Calcutta medical institutions reports 1871-78
Year: 1871
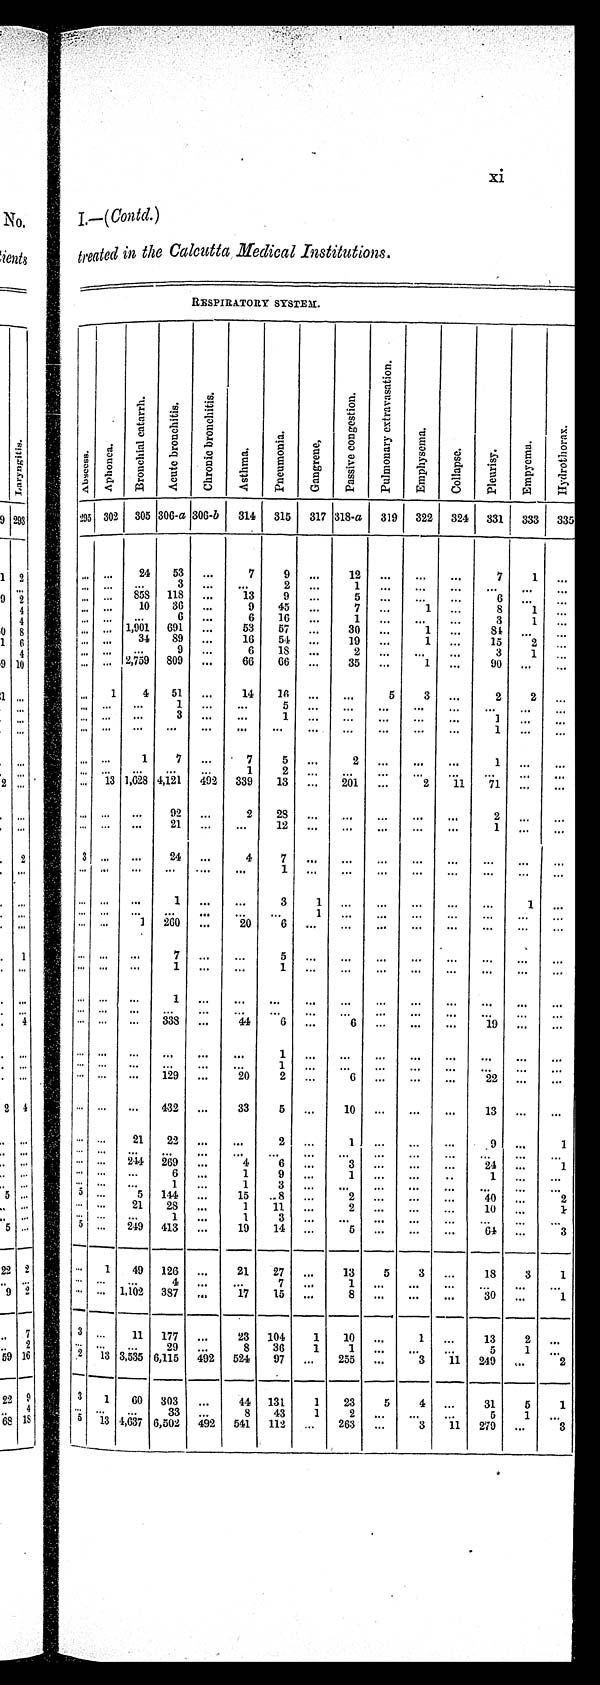
xi
I....(Contd.)
treated in the Calcutta Medical Institutions.
R E S P I R AT OR Y S Y S T E M.
Absccess
Aphonca.
B r o n c h i a l c a t a r r h .
A c u t e b r o n c h i t i s .
C h r o n i c b r o n c h i t i s .
A s t h m a .
P n e u m o n i a .
G a n g r e n e ,
P a s s i v e c o n g e s t i o n .
P u l m o n a r y e x t r a v a s a t i o n .
E m p h y s e m a .
C o l l a p s e .
P l e u r i s y .
E m p y e m a .
H y d r o t h o r a x .
295 302 305 306-a 300-b
314
315
317 318-a
3l9
322
324 331
333
333
24
53
...
7
9...
12
.. .
. . .
...
7
1
...
...
...
...
...
858
118
...
13
2
...
9
...
1
5
.. .
. . .
...
. . .
...
...
...
...
...
...
...
...
...
10
...
36
6
...
...
9
6
45
...
10
...
8
3
1
1
...
...
. 1,901
691
...
53
57
...
30
...
34
16
54
...
19
...
1 ...
15
2
...
0 ...
6
18
...
3
1
...
... ... 2,709 809
...
66
66
...
35
...
1
4
51
...
14
10
...
...
5
3
...
2
2
...
... ...
...
1
...
...
... ...
...
1
...
...
...
...
...
1
...
...
... ...
...
. . .
. . .
. . .
...
...
...
. . .
. . .
...
1
7
...
7
5
...
2
...
...
...
1
...
...
... 13 1,.628 4,121
;1.92
1
339
2
...
13
...
. .
201
...
. . 2
11
71
.. ,
...
...
...
...
1
...
...
...
...
...
...
...
...
1
3
1
1
--
...
...
...
...
...
...
...
1
...
...
...
...
...
...
..
... ...
...
5
...
...
...
...
...
...
...
...
1
1
...
...
...
...
...
...
...
...
1
...
...
. ..
...
...
...
...
...
...
...
...
... ...
...
..,
...
...
1
20
... ...
...
432
...
33
13
...
...
21
22
2
...
1
.. ...
... ...
...
214
...
269
...
...
4
...
...
6
...
...
...
...
...
...
24
...
...
1
... ...
...
...
1
9
...
1
1
...
1
3
3...
5
144
...
15
8
..
...
2
1
11
...
2
10
...
1.
... ...
...
1
... ----
249
5 ...
413
...
19
14
....
3
. . .
..
1
49
126
...
21
27
...
13
5
3
...
18
3
1
...
...
4
...
.
1
...
...
...
...
...
...
.. ...
-....
1,102
387
. . .
17
15
. . .
8
...
...
...
30
...
. . .
3 ...
11
177
...
23
104
1
10
...
1
...
13
2
...
-
8
36
1
1
..
...
. .
5
1
...
2
13 3,535 6,115
.
462
524
97
...
255
...
3
71
249
,..
2
-- ---...
3
1
GO
303
...
44
131
1
23
5
4 ...
31
5
1
33
...
8
43
1
5
1
...
13 4,637 6,502
492
541
112
...
263
...
3
11
279
...
3
............